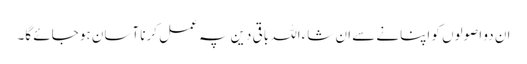
ان دو اصولوں کو اپنانے سے ان شاءاللہ باقی دین پہ عمل کرنا آسان ہو جائے گا۔